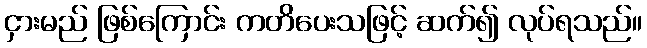
ငှားမည် ဖြစ်ကြောင်း ကတိပေးသဖြင့် ဆက်၍ လုပ်ရသည်။